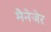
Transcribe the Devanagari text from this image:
मैनेजेर